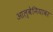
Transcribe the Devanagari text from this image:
आल्बेनियावर